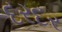
દરદર